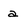
Character: a